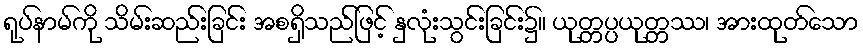
ရုပ်နာမ်ကို သိမ်းဆည်းခြင်း အစရှိသည်ဖြင့် နှလုံးသွင်းခြင်း၌။ ယုတ္တပ္ပယုတ္တဿ၊ အားထုတ်သော